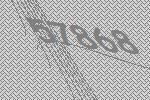
57868